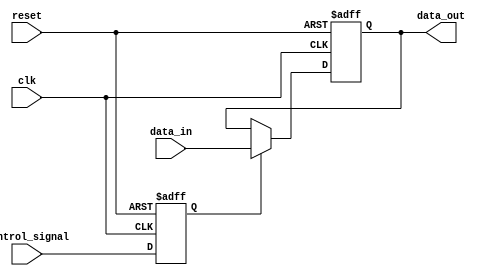
module Disable (
    input wire control_signal,  // Control signal to enable/disable the block
    input wire clk,             // Clock signal
    input wire reset,           // Asynchronous reset signal
    input wire [N-1:0] data_in, // Input data signal (example width N)
    output reg [N-1:0] data_out // Output data signal (example width N)
);
    parameter N = 8; // Example parameter for data width

    // Internal state signal to keep track of enabled/disabled state
    reg enabled;

    always @(posedge clk or posedge reset) begin
        if (reset) begin
            enabled <= 1'b0; // Reset state, disabled
            data_out <= {N{1'b0}}; // Output to predefined state (logic low)
        end else begin
            enabled <= control_signal; // Update internal state based on control signal
            
            if (enabled) begin
                data_out <= data_in;    // Forward input to output when enabled
            end else begin
                // Output retains the last valid state or set to predefined state
                // For retaining last valid output, do nothing
                // Uncomment the next line to drive to a predefined state (e.g., logic low)
                // data_out <= {N{1'b0}}; // Uncomment to drive output to logic low when disabled
            end
        end
    end

endmodule